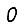
Digit: 0